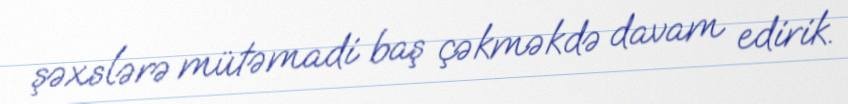
şəxslərə mütəmadi baş çəkməkdə davam edirik.